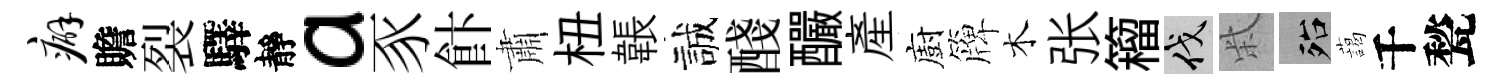
癖贍裂驛靜a豕飰肅杻韔誠醆釅產廚簰木张籕伐柴殆藹千甃